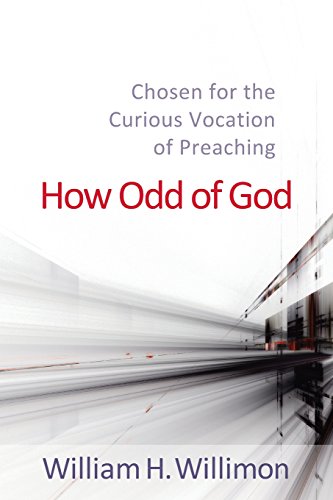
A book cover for How Odd of God: Chosen for the Curious Vocation of Preaching; William H. Willimon; Christian Books & Bibles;